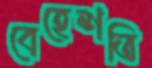
বেহেশতি